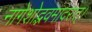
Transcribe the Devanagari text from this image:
नागेशोद्भवमादरात्‌।